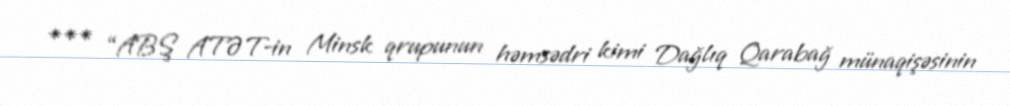
*** “ABŞ ATƏT-in Minsk qrupunun həmsədri kimi Dağlıq Qarabağ münaqişəsinin